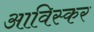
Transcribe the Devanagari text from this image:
आविस्कर